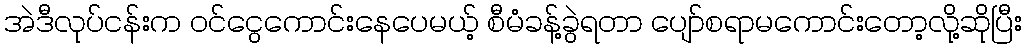
အဲဒီလုပ်ငန်းက ဝင်ငွေကောင်းနေပေမယ့် စီမံခန့်ခွဲရတာ ပျော်စရာမကောင်းတော့လို့ဆိုပြီး